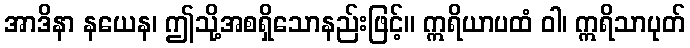
အာဒိနာ နယေန၊ ဤသို့အစရှိသောနည်းဖြင့်။ ဣရိယာပထံ ဝါ၊ ဣရိသာပုတ်